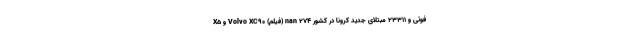
X5 و Volvo XC90 (فیلم) nan ۲۷۴ فوتی و ۲۳۳۱۱ مبتلای جدید کرونا در کشور